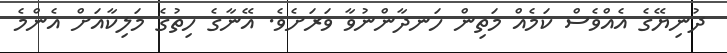
ދުނިޔޭގެ އެއްވެސް ކަމެއް މަތިން ހަނދާންނުވާ ވަރަށެވެ. އޭނާގެ ހިތުގެ މަލިކާއަށް އެންމެ